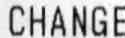
CHANGE